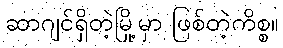
ဆာဂျင်ရှိတဲ့မြို့မှာ ဖြစ်တဲ့ကိစ္စ။